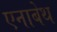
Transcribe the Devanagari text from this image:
एनाबेथ